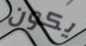
يكون